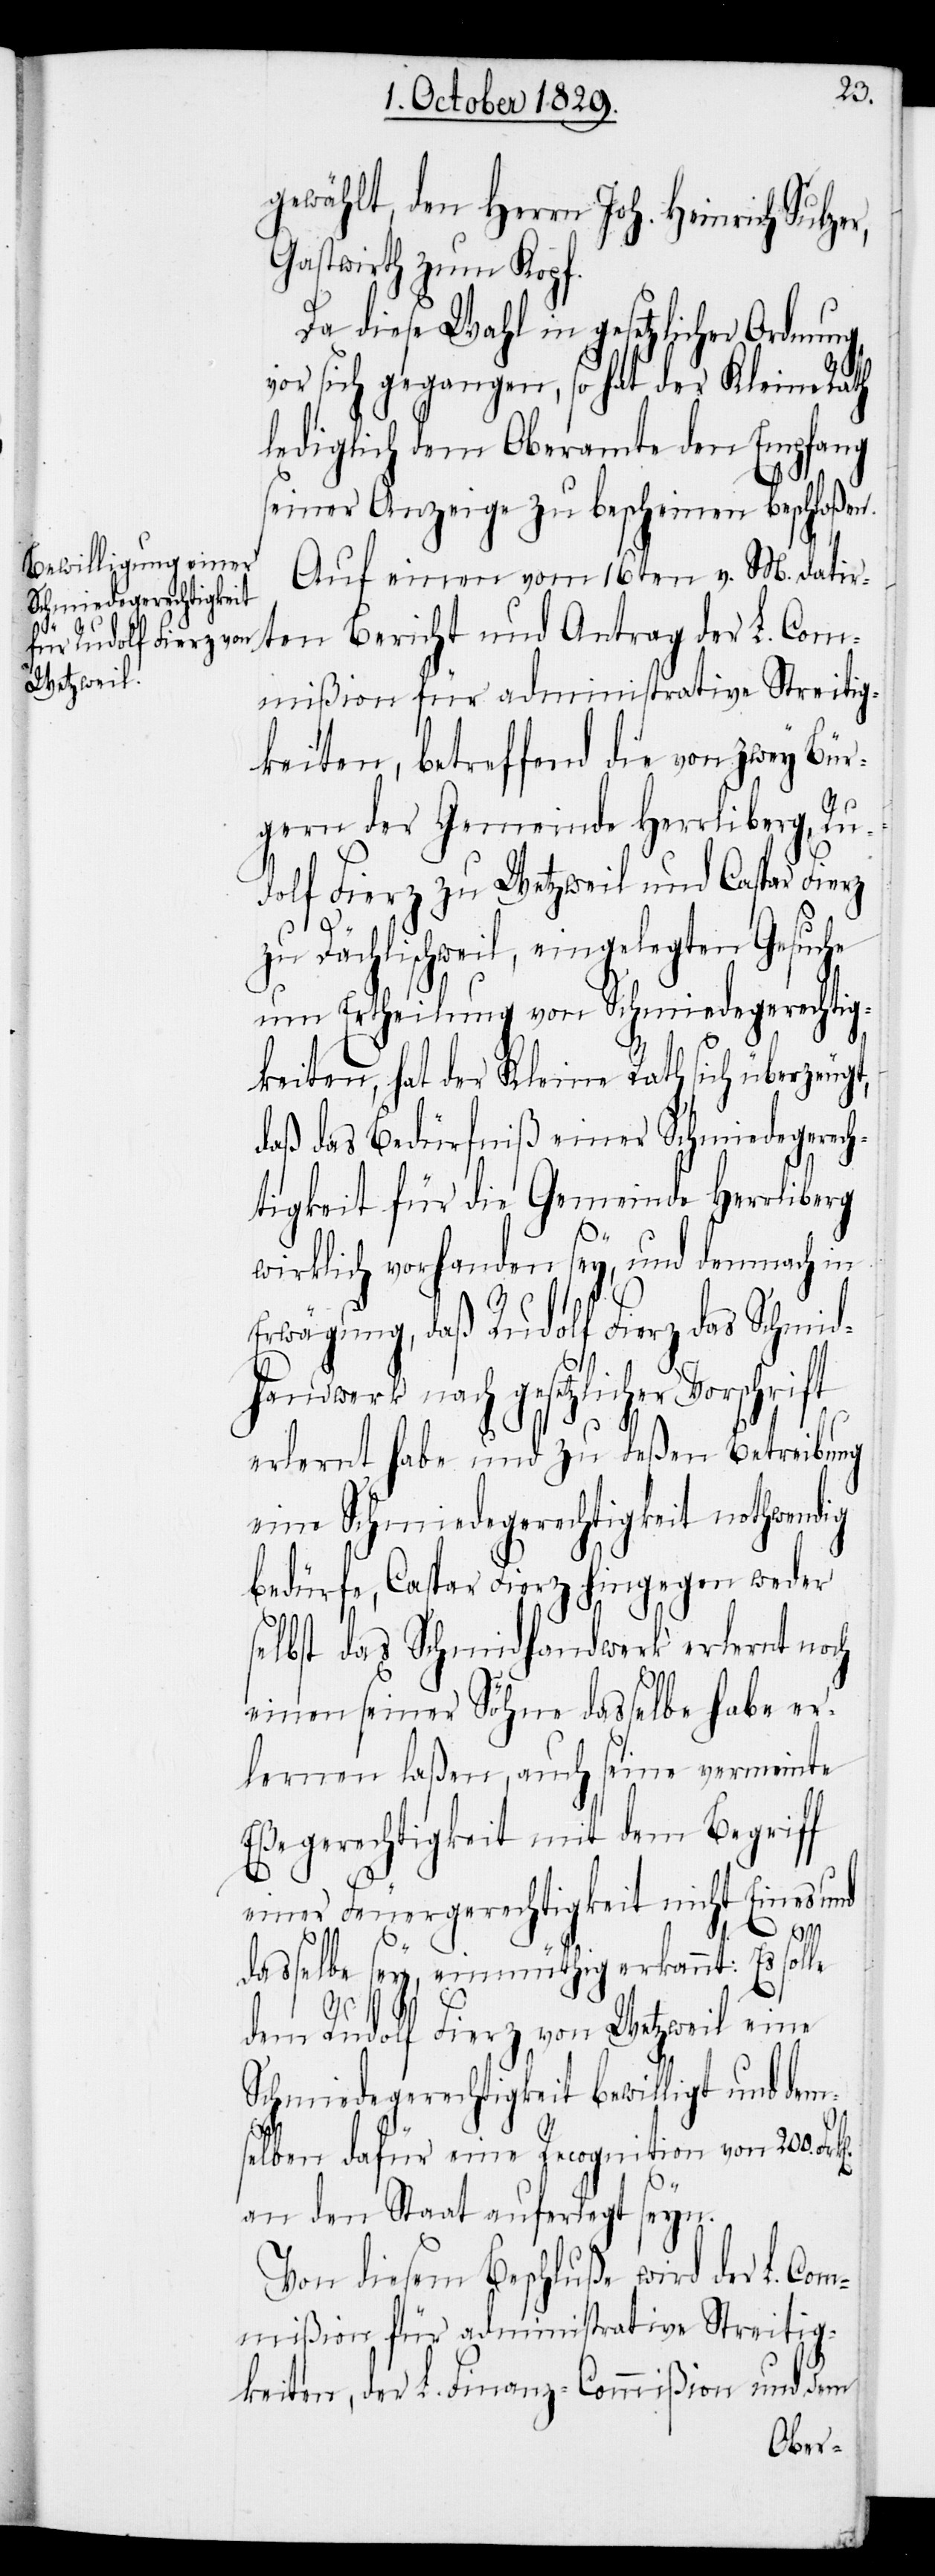
dem Rudolf Fierz von
Wetzweil

dems¬
gewählt, den Herrn Joh. Heinrich Sulzer,
Gastwirth zum Kopf.
Da diese Wahl in gesetzlicher Ordnung
vor sich gegangen, so hat der Kleine Rath
lediglich dem Oberamte den Empfang
seiner Anzeige zu bescheinen beschloßen.
Auf einen vom 16ten v. M. datir¬
ten Bericht und Antrag der L. Com¬
mißion für administrative Streitig¬
keiten, betreffend die von zwey Bür¬
gern der Gemeinde Herrliberg, Ru¬
dolf Fierz zu Wetzweil und Caspar Fierz
zu Dächlischweil, eingelegten Gesuche
um Ertheilung von Schmiedegerechtig¬
keiten, hat der Kleine Rath sich überzeugt,
daß das Bedürfniß einer Schmiedegerec¬
htigkeit für die Gemeinde Herrliberg
wirklich vorhanden sey, und demnach in
Erwägung, daß Rudolf Fierz das Schmid¬
handwerk nach gesetzlicher Vorschrift
erlernt habe und zu deßen Betreibung
eine Schmiedegerechtigkeit nothwendig
bedürfe, Caspar Fierz hingegen weder
selbst das Schmidhandwerk erlernt noch
einen seiner Söhne dasselbe habe er¬
lernen laßen, auch seine vermeinte
Eßegerechtigkeit mit dem Begriff
einer Feuergerechtigkeit nicht Eines und
dasselbe sey, einmüthig erkannt: Es sol¬
le
elben dafür eine Recognition von 200.
an den Staat auferlegt seyn.
Von diesem Beschluße wird der L. Com¬
mißion für administrative Streitig¬
keiten, der L. Finanzcommißion und dem